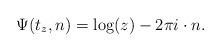
LaTeX: \begin{align*}\Psi(t_z,n) = \log(z) - 2\pi i\cdot n.\end{align*}